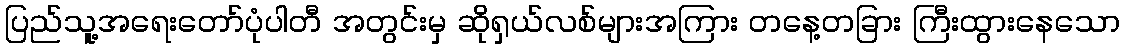
ပြည်သူ့အရေးတော်ပုံပါတီ အတွင်းမှ ဆိုရှယ်လစ်များအကြား တနေ့တခြား ကြီးထွားနေသော